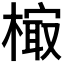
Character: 𰘢